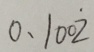
0 . 1 0 0 \dot { 2 }